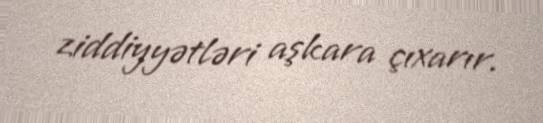
ziddiyyətləri aşkara çıxarır.